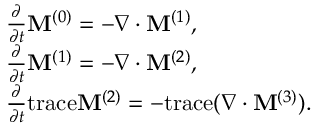
\begin{array} { r l } & { \frac { \partial } { \partial t } \mathbf { M } ^ { ( 0 ) } = - \nabla \cdot \mathbf { M } ^ { ( 1 ) } , } \\ & { \frac { \partial } { \partial t } \mathbf { M } ^ { ( 1 ) } = - \nabla \cdot \mathbf { M } ^ { ( 2 ) } , } \\ & { \frac { \partial } { \partial t } \mathrm { t r a c e } \mathbf { M } ^ { ( 2 ) } = - \mathrm { t r a c e } ( \nabla \cdot \mathbf { M } ^ { ( 3 ) } ) . } \end{array}